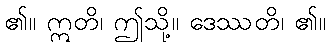
၏။ ဣတိ၊ ဤသို့။ ဒေဿတိ၊ ၏။